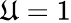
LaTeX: \mathfrak{U}=1